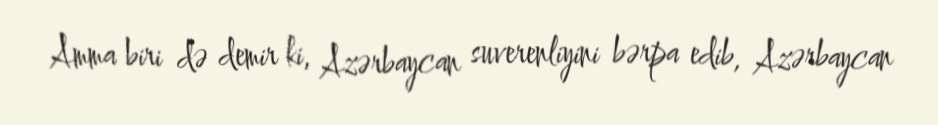
Amma biri də demir ki, Azərbaycan suverenliyini bərpa edib, Azərbaycan